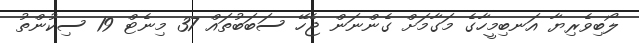
ލޯބިވެރިޔާ އަނބިމީހާގެ މަގާމަށް ގެންނަން ޖެހޭ ސަބަބުތައް 37 މިނެޓް 19 ސިކުންތު